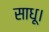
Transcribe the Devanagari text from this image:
साधू।